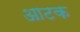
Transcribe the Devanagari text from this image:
आटक